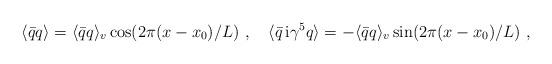
LaTeX: \begin{align*}\langle \bar{q}q \rangle =\langle \bar{q}q \rangle_ v \cos ( 2\pi (x-x_0)/L)\ ,\quad\langle \bar{q}\,{\rm i} \gamma^5 q \rangle = -\langle \bar{q}q \rangle_ v\sin (2 \pi (x-x_0)/L)\ ,\end{align*}